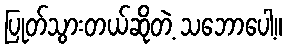
ပြုတ်သွားတယ်ဆိုတဲ့ သဘောပေါ့။